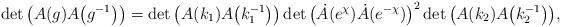
LaTeX: \begin{gather*}\det\big(A(g)A\big(g^{-1}\big)\big)=\det\big(A(k_1)A\big(k_1^{-1}\big)\big)\det\big(\dot A(e^{\chi}) \dot A (e^{-\chi})\big)^2\det\big(A(k_2)A\big(k_2^{-1}\big)\big), \end{gather*}